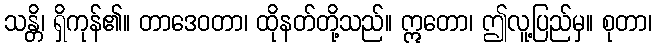
သန္တိ၊ ရှိကုန်၏။ တာဒေဝတာ၊ ထိုနတ်တို့သည်။ ဣတော၊ ဤလူ့ပြည်မှ။ စုတာ၊